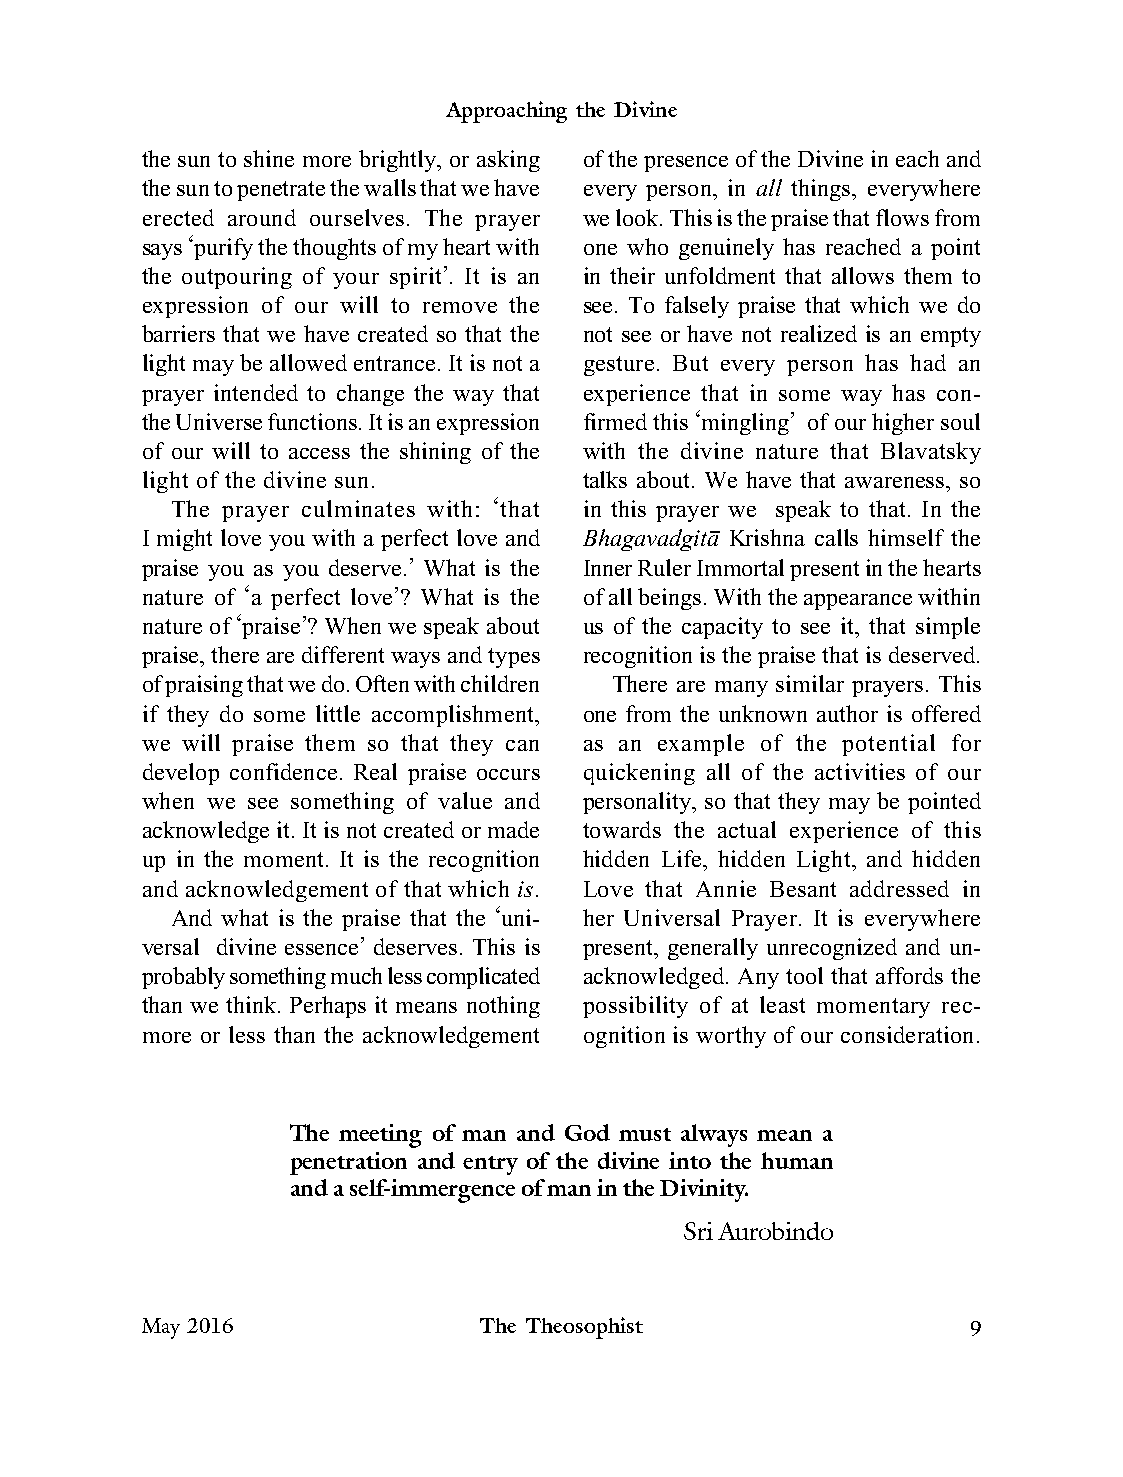
Approaching the Divine
 the sun to shine more brightly, or asking of the presence of the Divine in each and
 the sun to penetrate the walls that we have every person, in all things, everywhere
 erected around ourselves. The prayer we look. This is the praise that flows from
 says ‘purify the thoughts of my heart with one who genuinely has reached a point
 the outpouring of your spirit’. It is an in their unfoldment that allows them to
 expression of our will to remove the see. To falsely praise that which we do
 barriers that we have created so that the not see or have not realized is an empty
 light may be allowed entrance. It is not a gesture. But every person has had an
 prayer intended to change the way that experience that in some way has con-
 the Universe functions. It is an expression firmed this ‘mingling’ of our higher soul
 of our will to access the shining of the with the divine nature that Blavatsky
 light of the divine sun.      talks about. We have that awareness, so
 The prayer culminates with: ‘that in this prayer we speak to that. In the
 I might love you with a perfect love and Bhagavadgitâ Krishna calls himself the
 praise you as you deserve.’ What is the Inner Ruler Immortal present in the hearts
 nature of ‘a perfect love’? What is the of all beings. With the appearance within
 nature of ‘praise’? When we speak about us of the capacity to see it, that simple
 praise, there are different ways and types recognition is the praise that is deserved.
 of praising that we do. Often with children There are many similar prayers. This
 if they do some little accomplishment, one from the unknown author is offered
 we will praise them so that they can as an example of the potential for
 develop confidence. Real praise occurs quickening all of the activities of our
 when we see something of value and personality, so that they may be pointed
 acknowledge it. It is not created or made towards the actual experience of this
 up in the moment. It is the recognition hidden Life, hidden Light, and hidden
 and acknowledgement of that which is. Love that Annie Besant addressed in
 And what is the praise that the ‘uni- her Universal Prayer. It is everywhere
 versal divine essence’ deserves. This is present, generally unrecognized and un-
 probably something much less complicated acknowledged. Any tool that affords the
 than we think. Perhaps it means nothing possibility of at least momentary rec-
 more or less than the acknowledgement ognition is worthy of our consideration.
 The meeting of man and God must always mean a
 penetration and entry of the divine into the human
 and a self-immergence of man in the Divinity.
 Sri Aurobindo
 May 2016               The Theosophist                 9